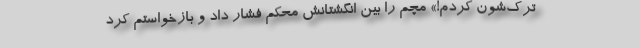
ترک‌شون کردم!» مچم را بین انگشتانش محکم فشار داد و بازخواستم کرد